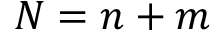
N = n + m